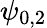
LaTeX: \psi_{0,2}